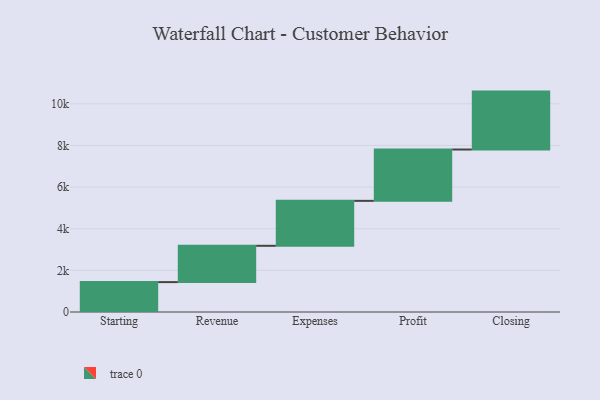
{"axis": {"x": "Step", "y": "Value"}, "legend": [""], "data": [{"x": "Starting", "y": 1436.0, "type": ""}, {"x": "Revenue", "y": 1744.0, "type": ""}, {"x": "Expenses", "y": 2159.0, "type": ""}, {"x": "Profit", "y": 2466.0, "type": ""}, {"x": "Closing", "y": 2782.0, "type": ""}]}